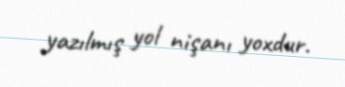
yazılmış yol nişanı yoxdur.